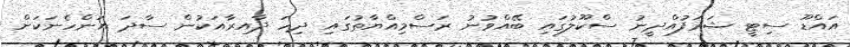
އައްޑޫ ސިޓީ ޝަރަފުއްދީނު ސްކޫލުގައި ބޭއްވުނު ރަސްމިއްޔާތުގައި ދިހަ ދާއިރާއަކުން ސާދަ އަންހެނަކަށް